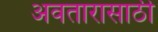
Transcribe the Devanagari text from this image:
अवतारासाठी